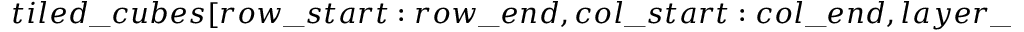
t i l e d \_ c u b e s [ r o w \_ s t a r t : r o w \_ e n d , c o l \_ s t a r t : c o l \_ e n d , l a y e r \_ s t a r t : l a y e r \_ e n d ] \gets e m u l a t e d \_ c u b e